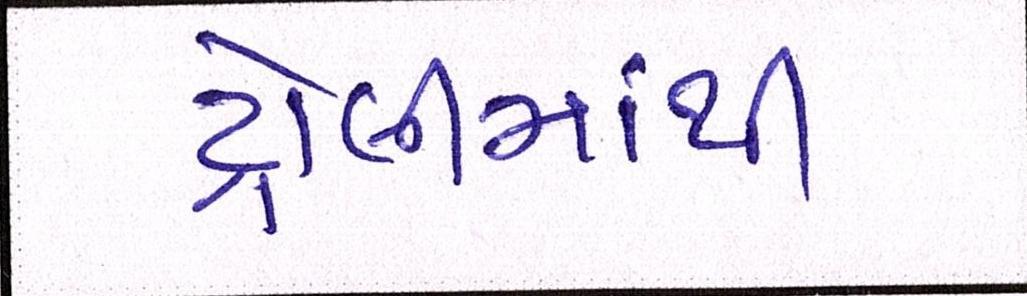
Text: ટ્રોલીમાંથી